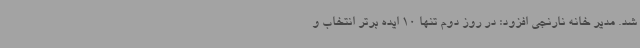
شد. مدیر خانه نارنجی افزود: در روز دوم تنها 10 ایده برتر انتخاب و